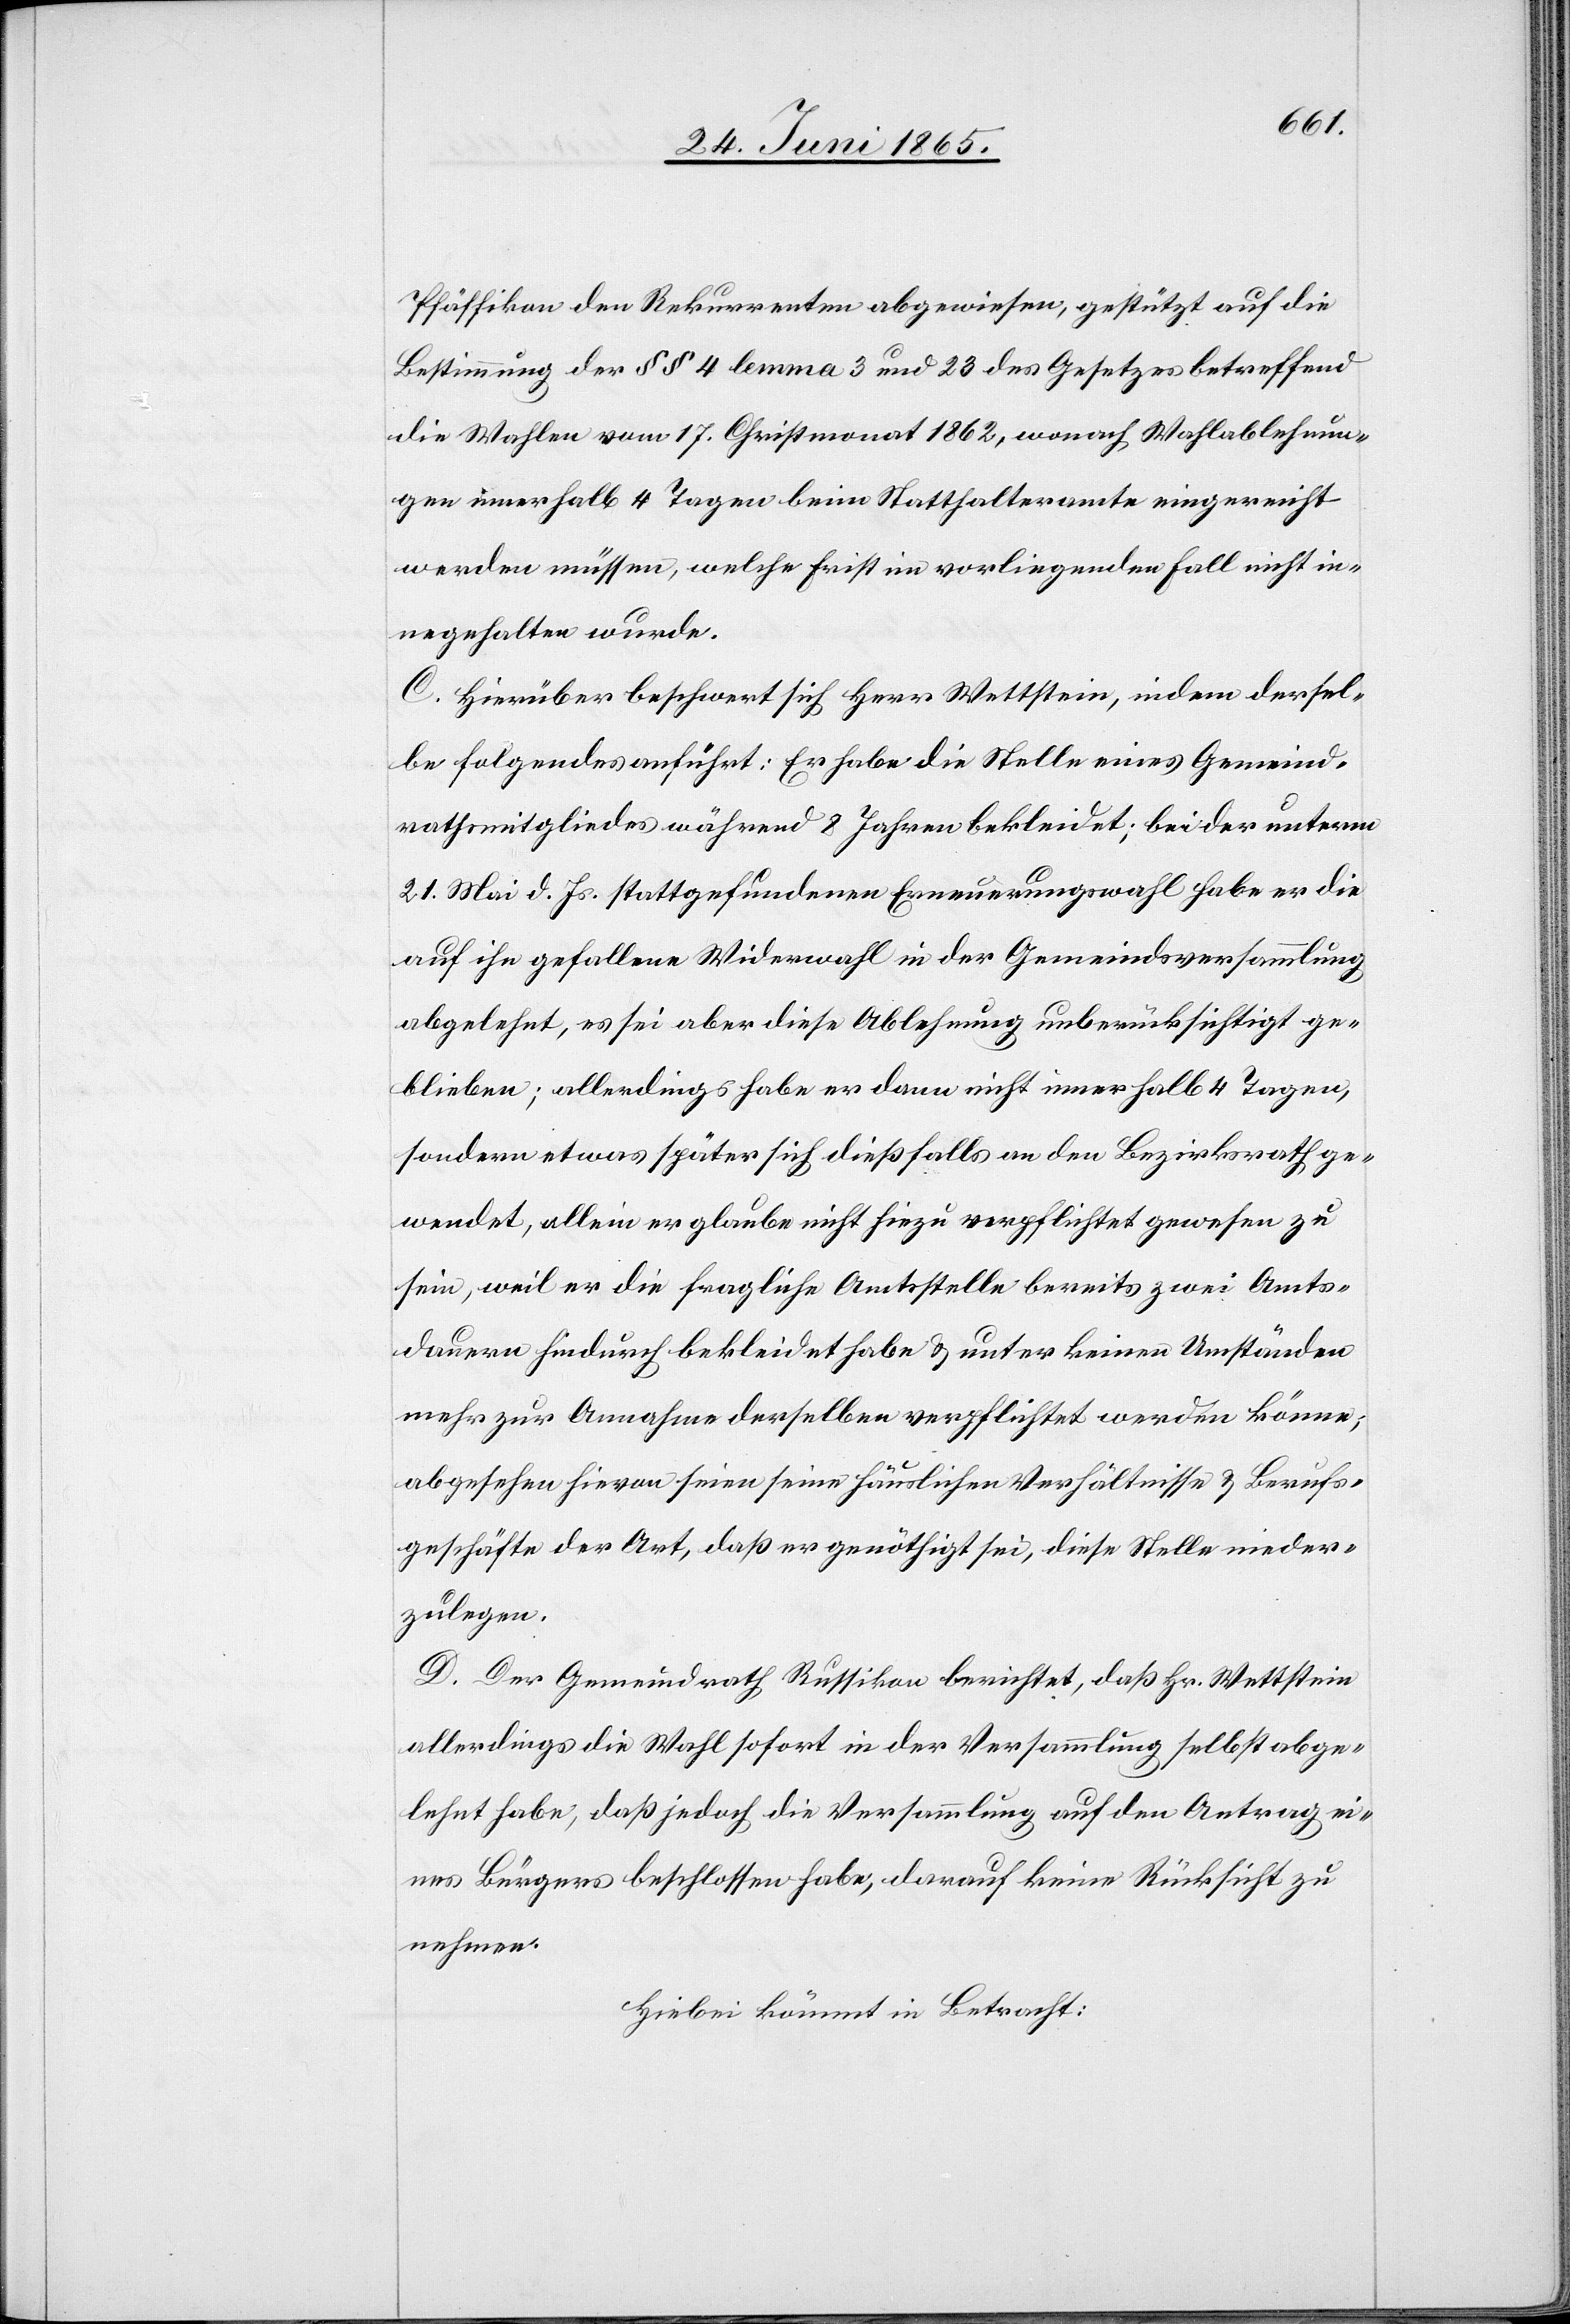
Pfäffikon den Rekurrenten abgewiesen, gestützt auf die
Bestimmung der § § 4 lemma 3 und 23 des Gesetzes betreffend
die Wahlen vom 17. Christmonat 1862, wonach Wahlablehnun¬
gen innerhalb 4 Tagen beim Statthalteramte eingereicht
werden müssen, welche Frist im vorliegenden Fall nicht in¬
negehalten wurde.
C. Hierüber beschwert sich Herr Wettstein, indem dersel¬
be folgendes anführt: Er habe die Stelle eines Gemeind¬
rathsmitgliedes während 8 Jahren bekleidet; bei der unterm
21. Mai d. Js. stattgefundenen Erneuerungswahl habe er die
auf ihn gefallene Widerwahl in der Gemeindsversammlung
abgelehnt, es sei aber diese Ablehnung unberücksichtigt ge¬
blieben; allerdings habe er dann nicht innerhalb 4 Tagen,
sondern etwas später sich dießfalls an den Bezirksrath ge¬
wendet, allein er glaube nicht hiezu verpflichtet gewesen zu
sein, weil er die fragliche Amtsstelle bereits zwei Amts¬
dauern hindurch bekleidet habe & unter keinen Umständen
mehr zur Annahme derselben verpflichtet werden könne,
abgesehen hievon seien seine häuslichen Verhältnisse & Berufs¬
geschäfte der Art, daß er genöthigt sei, diese Stelle nieder¬
zulegen.
D. Der Gemeindrath Russikon berichtet, daß Hr. Wettstein
allerdings die Wahl sofort in der Versammlung selbst abge¬
lehnt habe, daß jedoch die Versammlung auf den Antrag ei¬
nes Bürgers beschlossen habe, darauf keine Rücksicht zu
nehmen.
Hiebei kömmt in Betracht: